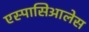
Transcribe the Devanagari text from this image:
एस्पासिआलेस